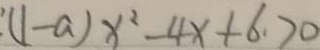
( 1 - a ) x ^ { 2 } - 4 x + 6 > 0